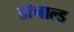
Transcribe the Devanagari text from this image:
डाॅनाल्ड